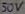
Text: 50V